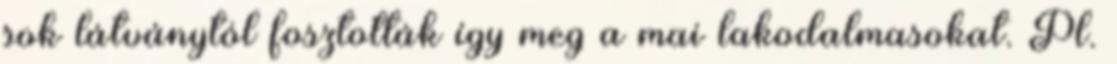
sok látványtól fosztották így meg a mai lakodalmasokat. Pl.